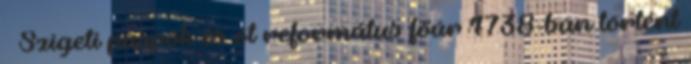
– Szigeti püspök és öt református főúr 1738-ban történt